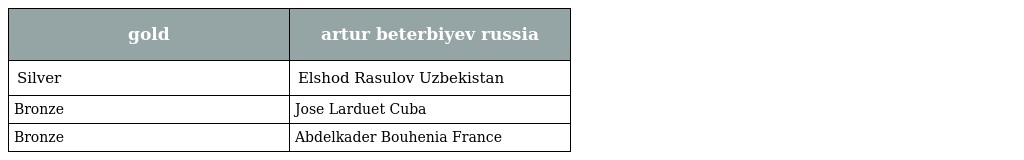
| gold | artur beterbiyev russia |
 | --- | --- |
 | Silver | Elshod Rasulov Uzbekistan |
 | Bronze | Jose Larduet Cuba |
 | Bronze | Abdelkader Bouhenia France |